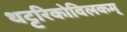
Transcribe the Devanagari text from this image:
थट्टरिकोविलकम्